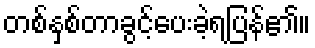
တစ်နှစ်တာခွင့်ပေးခဲ့ရပြန်၏။